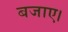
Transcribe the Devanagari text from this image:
बजाए।